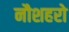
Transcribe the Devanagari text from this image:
नौशहरो